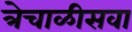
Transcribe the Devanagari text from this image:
त्रेचाळीसवा